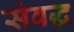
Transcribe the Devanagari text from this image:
संवद्ध